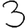
Digit: 3